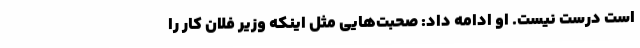
است درست نیست. او ادامه داد: صحبت‌هایی مثل اینکه وزیر فلان کار را